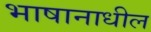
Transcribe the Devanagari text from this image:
भाषानाधील